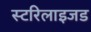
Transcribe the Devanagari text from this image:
स्टरिलाइजड